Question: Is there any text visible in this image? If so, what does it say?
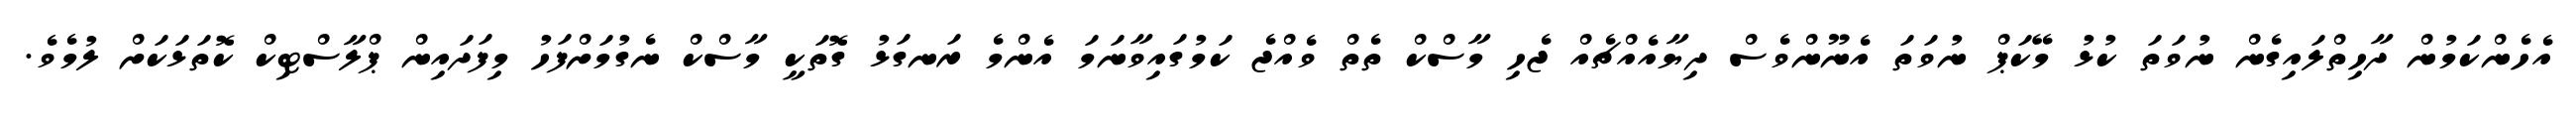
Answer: އެހެންކަމުން ދާހިތްލައިގެން ނުވަތަ ކުޅު މޭކަޕް ނުވަތަ އެނޫންވެސް ދިޔާއެއްޗެއް ޖެހި މާސްކް ތެތް ވެއްޖެ ކަމުގައިވާނަމަ އެންމެ ރަނގަޅު ގޮތަކީ މާސްކް ނެގުމަށްފަހު މިފަދައިން ޕްލާސްޓިކް ކޮތަޅަކަށް ލުމެވެ.